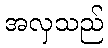
အလှသည်